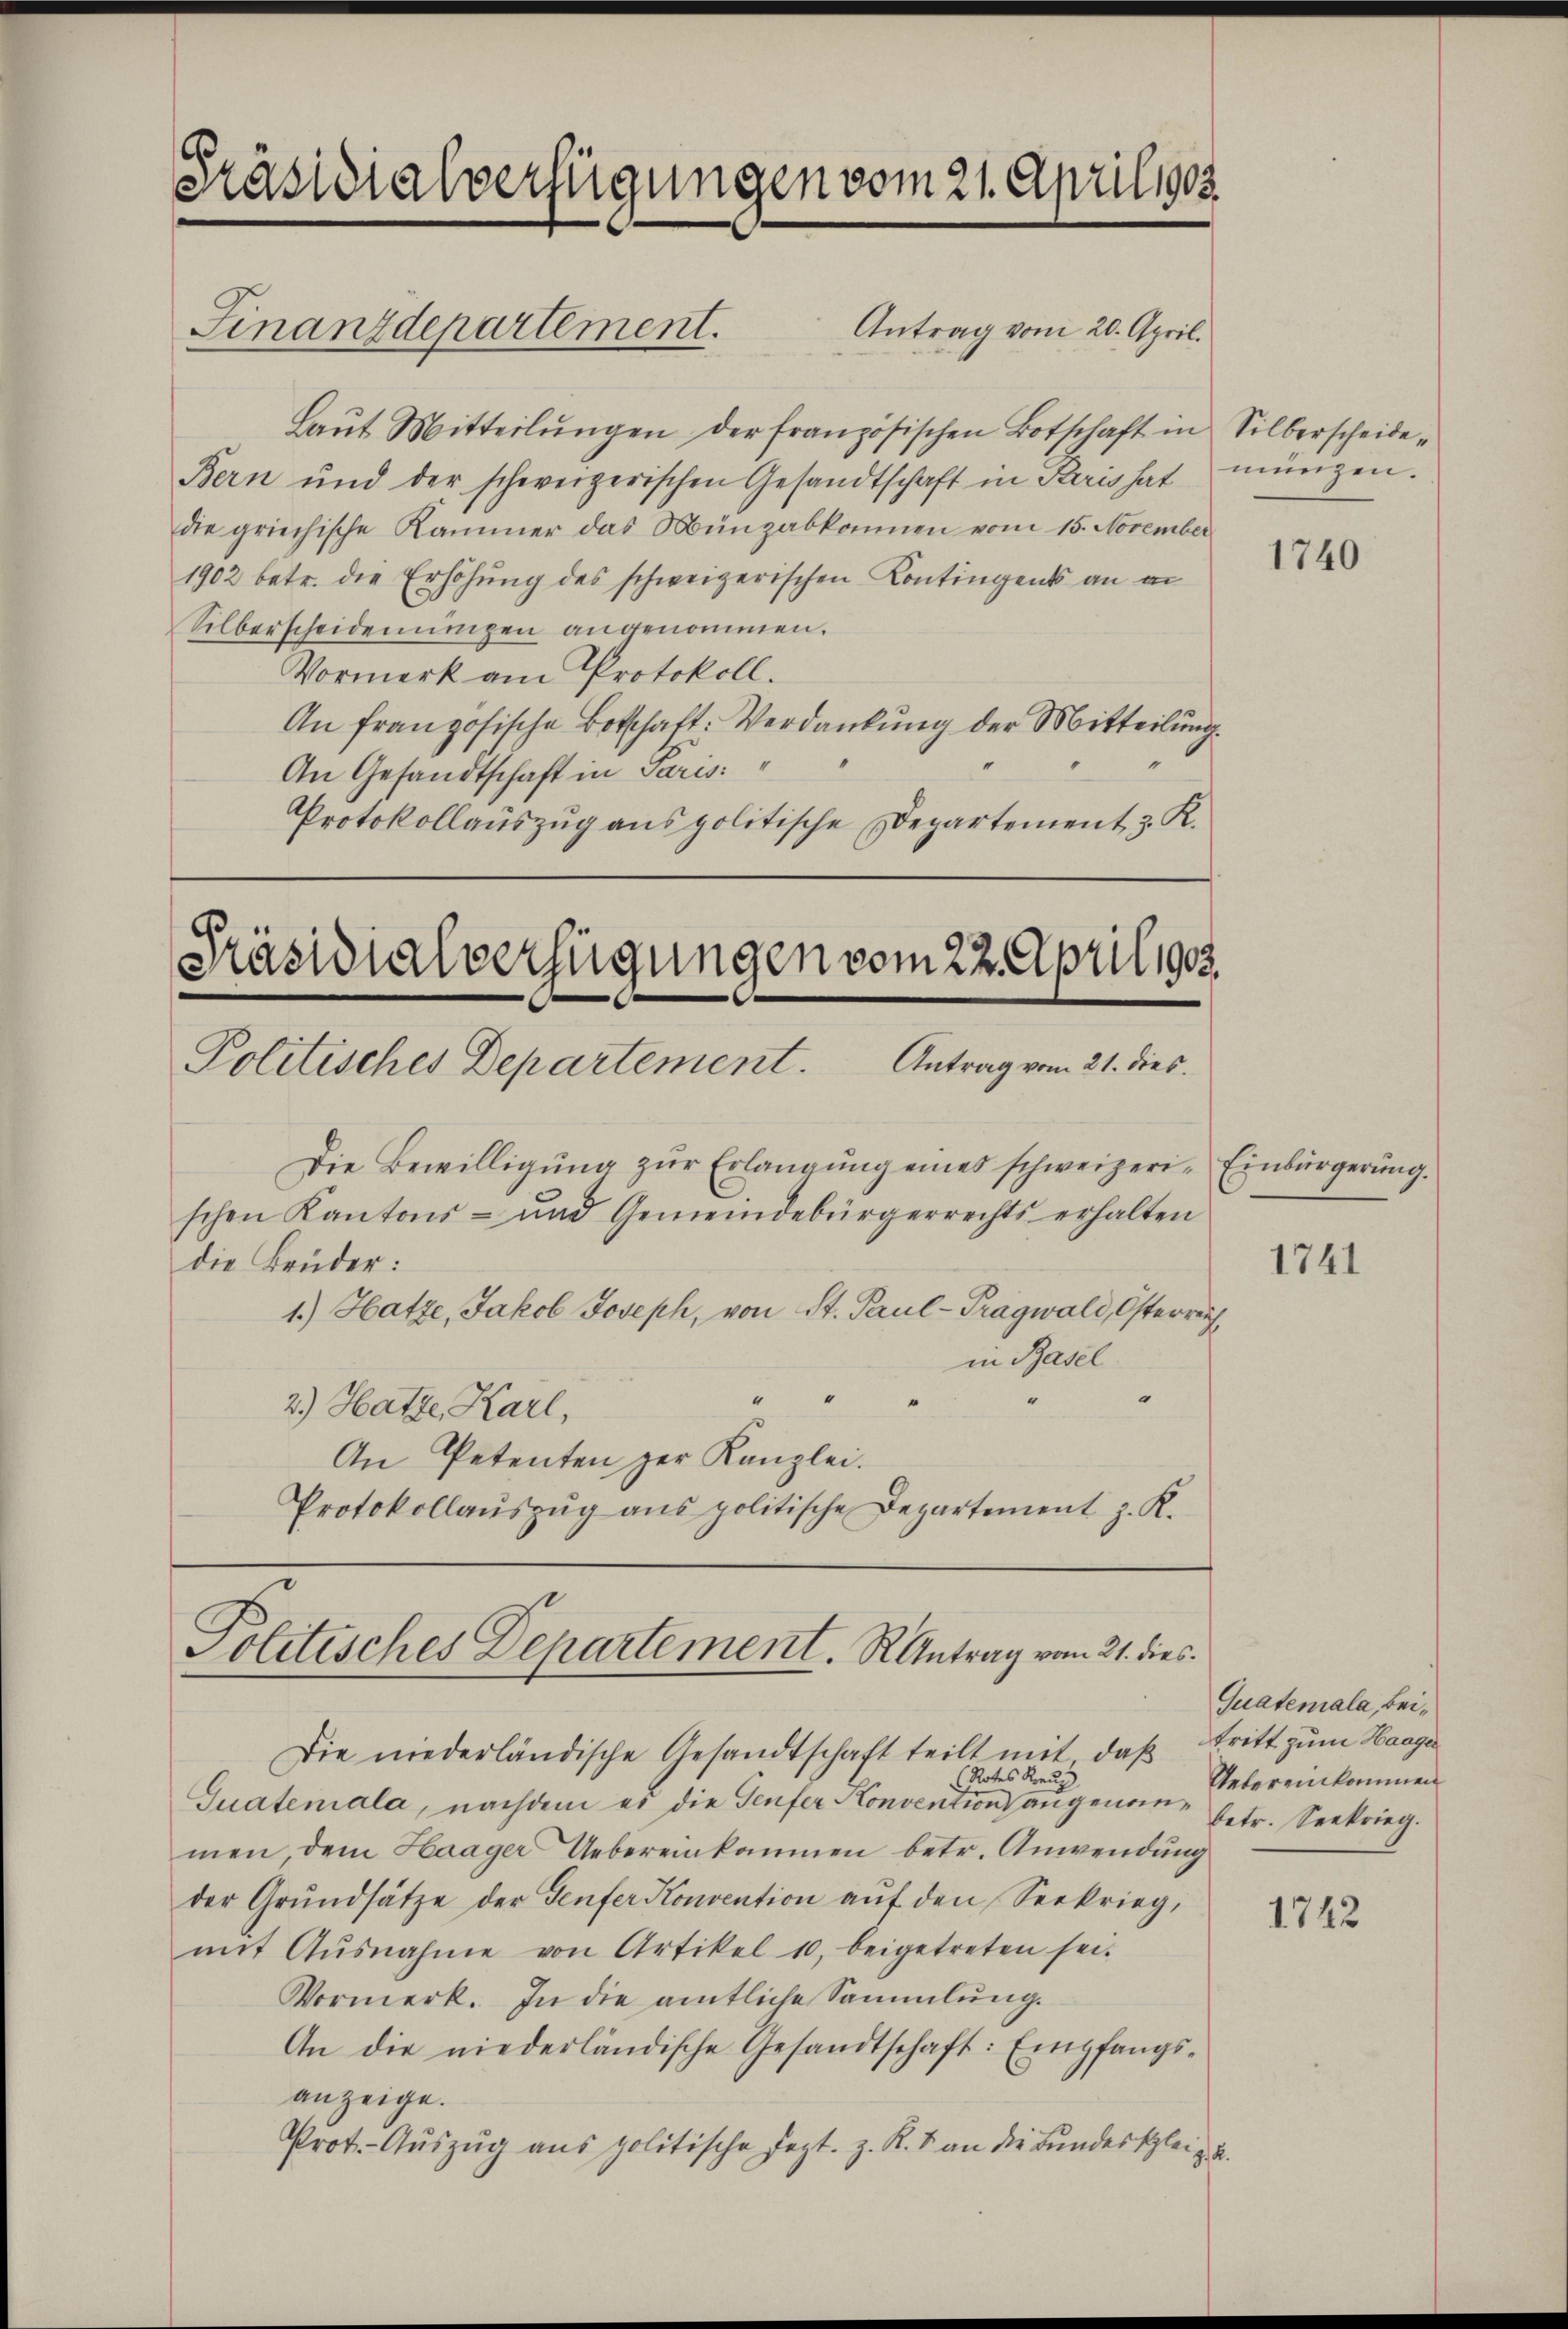
Präsidialverfügungen vom 21. April 1903

Antrag vom 20. April.
Laŭt Mitteilŭngen der französischen Botschaft in Silberscheide-
Bern und der schweizerischen Gesandtschaft in Paris hat müngen.
die griechische Kammer das Münzabkommen vom 15. November
1902 betr. die Erhöhung des schweizerischen Kontingents an an
Silberscheidenungen angenommen.
Vormerk am Protokoll.
An französische Botschaft: Verdankung der Mitteilung
An Gesandtschaft in Paris
Protokollauszug aus politische Departement, z. K.
Präsidialverfügungen vom 22. April 1905.

Finanzdepartement.

Die Bewilligŭng zŭr Erlangung eines schweizeri- Einbürgerung.
schen Kantons- und Gemeindebürgerrechts erhalten
die Brüder:
1.) Hatze, Jakob Joseph, von St. Paul -Prägwald, Osterreich
in Basel
.
e
2.) Hatze, Karl,
An Petenten zur Kanzlei.
Protokollaŭszŭg ans politische Departement z. K.

Politisches Departement. Antrag vom 21. dies

Politisches Departement. R. Antrag vom 21. dies

Die niederländische Gesandtschaft teilt mit daß tritt zum Haage
Notes Kreuz
Guatemala, nachdem es die Genfer Konvention angenom¬ betr. Seekrieg.
men, dem Haager Uebereinkommen betr. Anwendung
der Grŭndsätze der Genfer Konvention aŭf den Seekrieg,
mit Ausnahme von Artikel 10, beigetreten sei.
Vormerk. In die amtliche Sammlung.
An die niederländische Gesandtschaft: Empfangsanzeige.
Prot. Auszug aus politische Dezt. z. R. V. an die Bundesschleiz u.

1740

1741

Quatemala, Bei¬
Uebereinkommen

1742